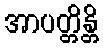
အာပတ္တိန္တိ